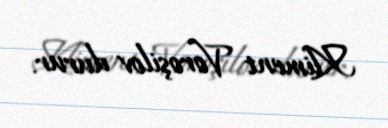
Kliment Voroşilov durur.